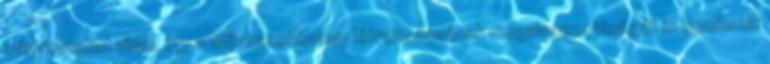
irányzatokat vinni, így a MűvészetMalom létrehozásának megalapozottságát is igyekszik